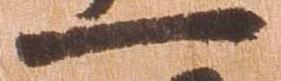
一